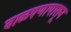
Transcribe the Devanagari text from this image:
बाळपणापासून